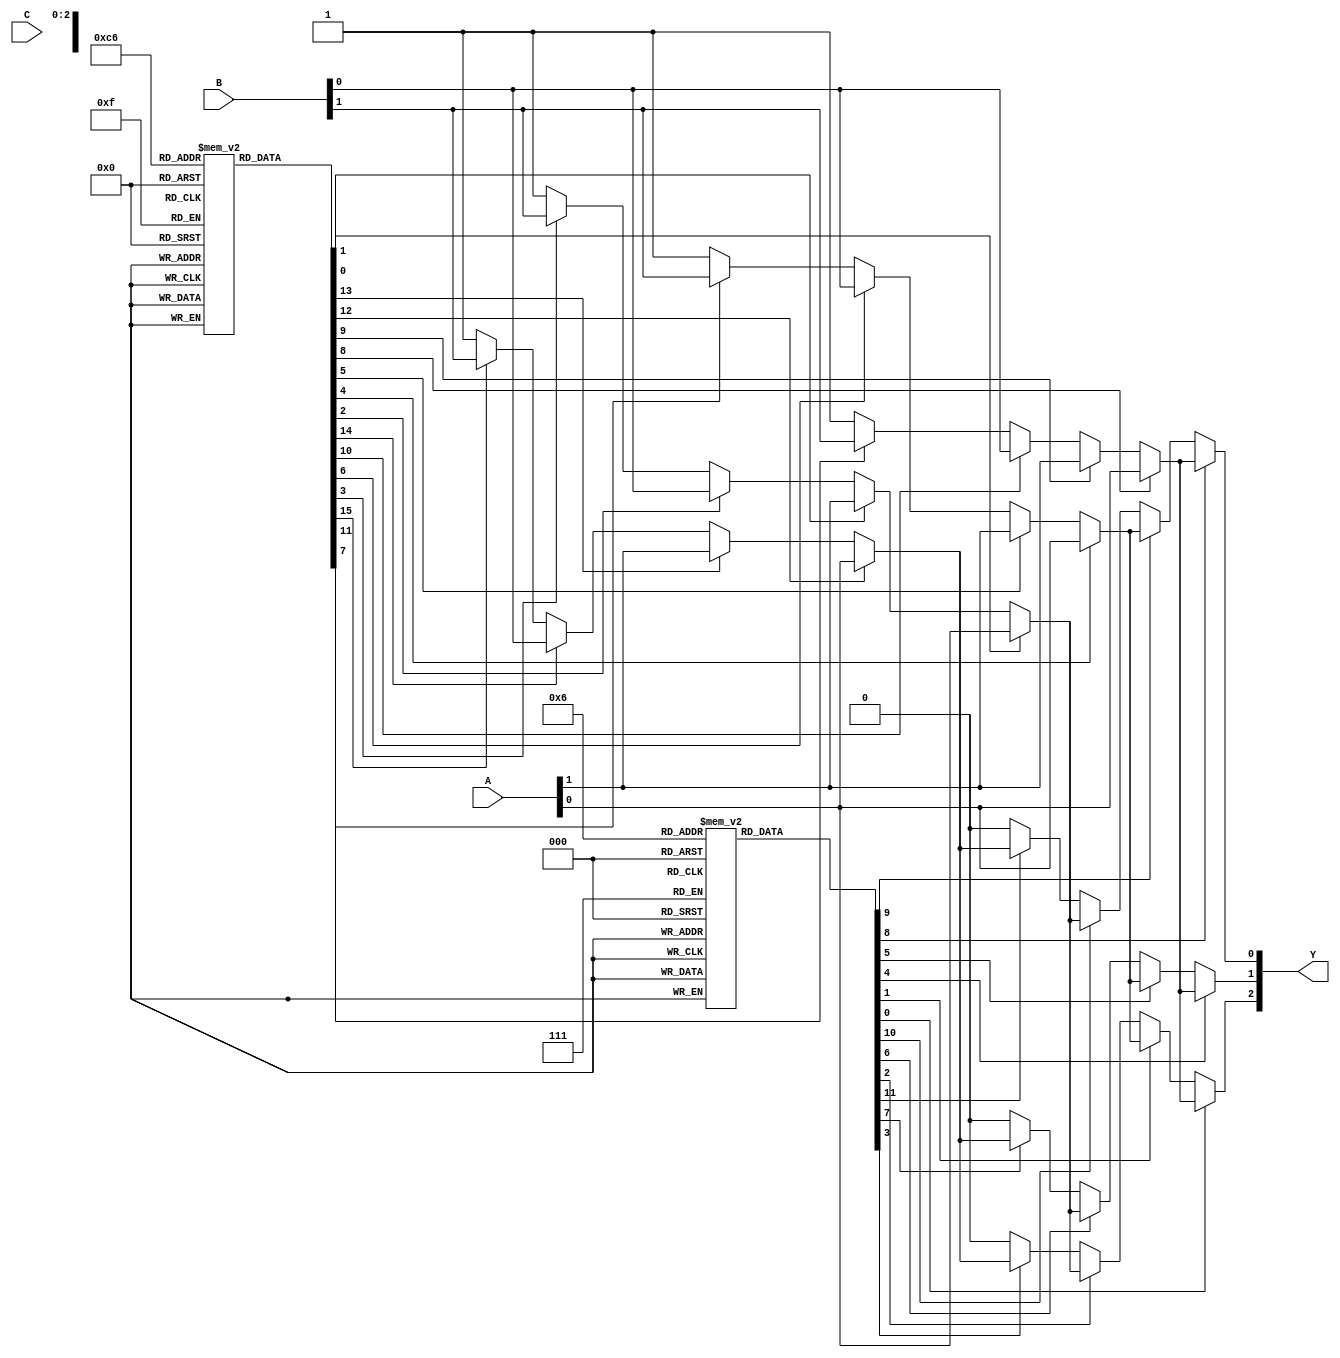
module PLA (
    input wire [3:0] A,      // Primary input (4 inputs)
    input wire [3:0] B,      // Primary input (4 inputs)
    input wire [3:0] C,      // Primary input (4 inputs)
    output wire [2:0] Y      // Outputs (3 outputs)
);

// Define the number of AND and OR gates
parameter NUM_AND = 4; // Number of AND gates
parameter NUM_OR = 3;  // Number of OR gates

// Programmable connections for AND gates
reg [3:0] and_input[NUM_AND-1:0]; // Each AND gate can have up to 4 inputs
wire and_out[NUM_AND-1:0];         // AND gate outputs

// Programmable connections for OR gates
reg [NUM_AND-1:0] or_input[NUM_OR-1:0]; // Each OR gate can connect to any of the AND gates

// AND gate implementation
generate
    genvar i;
    for (i = 0; i < NUM_AND; i = i + 1) begin : and_gate
        assign and_out[i] = and_input[i][0] ? A[0] : 1'b1 &    // AND with first input
                            and_input[i][1] ? A[1] : 1'b1 &    // AND with second input
                            and_input[i][2] ? B[0] : 1'b1 &    // AND with third input
                            and_input[i][3] ? B[1] : 1'b1 ;    // AND with fourth input
    end
endgenerate

// OR gate implementation
generate
    genvar j;
    for (j = 0; j < NUM_OR; j = j + 1) begin : or_gate
        assign Y[j] = or_input[j][0] ? and_out[0] : 1'b0 |    // OR with first AND output
                      or_input[j][1] ? and_out[1] : 1'b0 |    // OR with second AND output
                      or_input[j][2] ? and_out[2] : 1'b0 |    // OR with third AND output
                      or_input[j][3] ? and_out[3] : 1'b0 ;    // OR with fourth AND output
    end
endgenerate

// Programming the inputs to AND gates (example configuration)
initial begin
    // Example configuration for AND gates
    and_input[0] = 4'b0001; // AND gate 0: A0
    and_input[1] = 4'b0010; // AND gate 1: A1
    and_input[2] = 4'b0100; // AND gate 2: B0
    and_input[3] = 4'b1000; // AND gate 3: C0
    
    // Example configuration for OR gates
    or_input[0] = 4'b0001; // OR gate 0: uses output from AND gate 0
    or_input[1] = 4'b0011; // OR gate 1: uses outputs from AND gates 0 and 1
    or_input[2] = 4'b1111; // OR gate 2: uses outputs from all AND gates.
end

endmodule